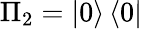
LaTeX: \Pi_{2}=\left\vert 0\right\rangle\left\langle 0\right\vert